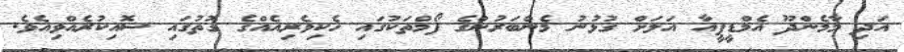
އަދި މާމެންދޫ އެމްޑީޕީއާ އަލަށް ގުޅުނު މެންބަރުންގެ ފޯމްތަކުގައި ހެކިވެރިއެއްގެ ގޮތުގައި ސޮއިކުރެއްވިއެވެ.